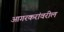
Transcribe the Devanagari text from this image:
आगरकरांवरील